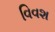
વિવશ